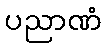
ပညာဏံ